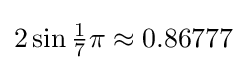
\textstyle 2\sin {\tfrac {1}{7}}\pi \approx 0.86777